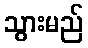
သွားမည်